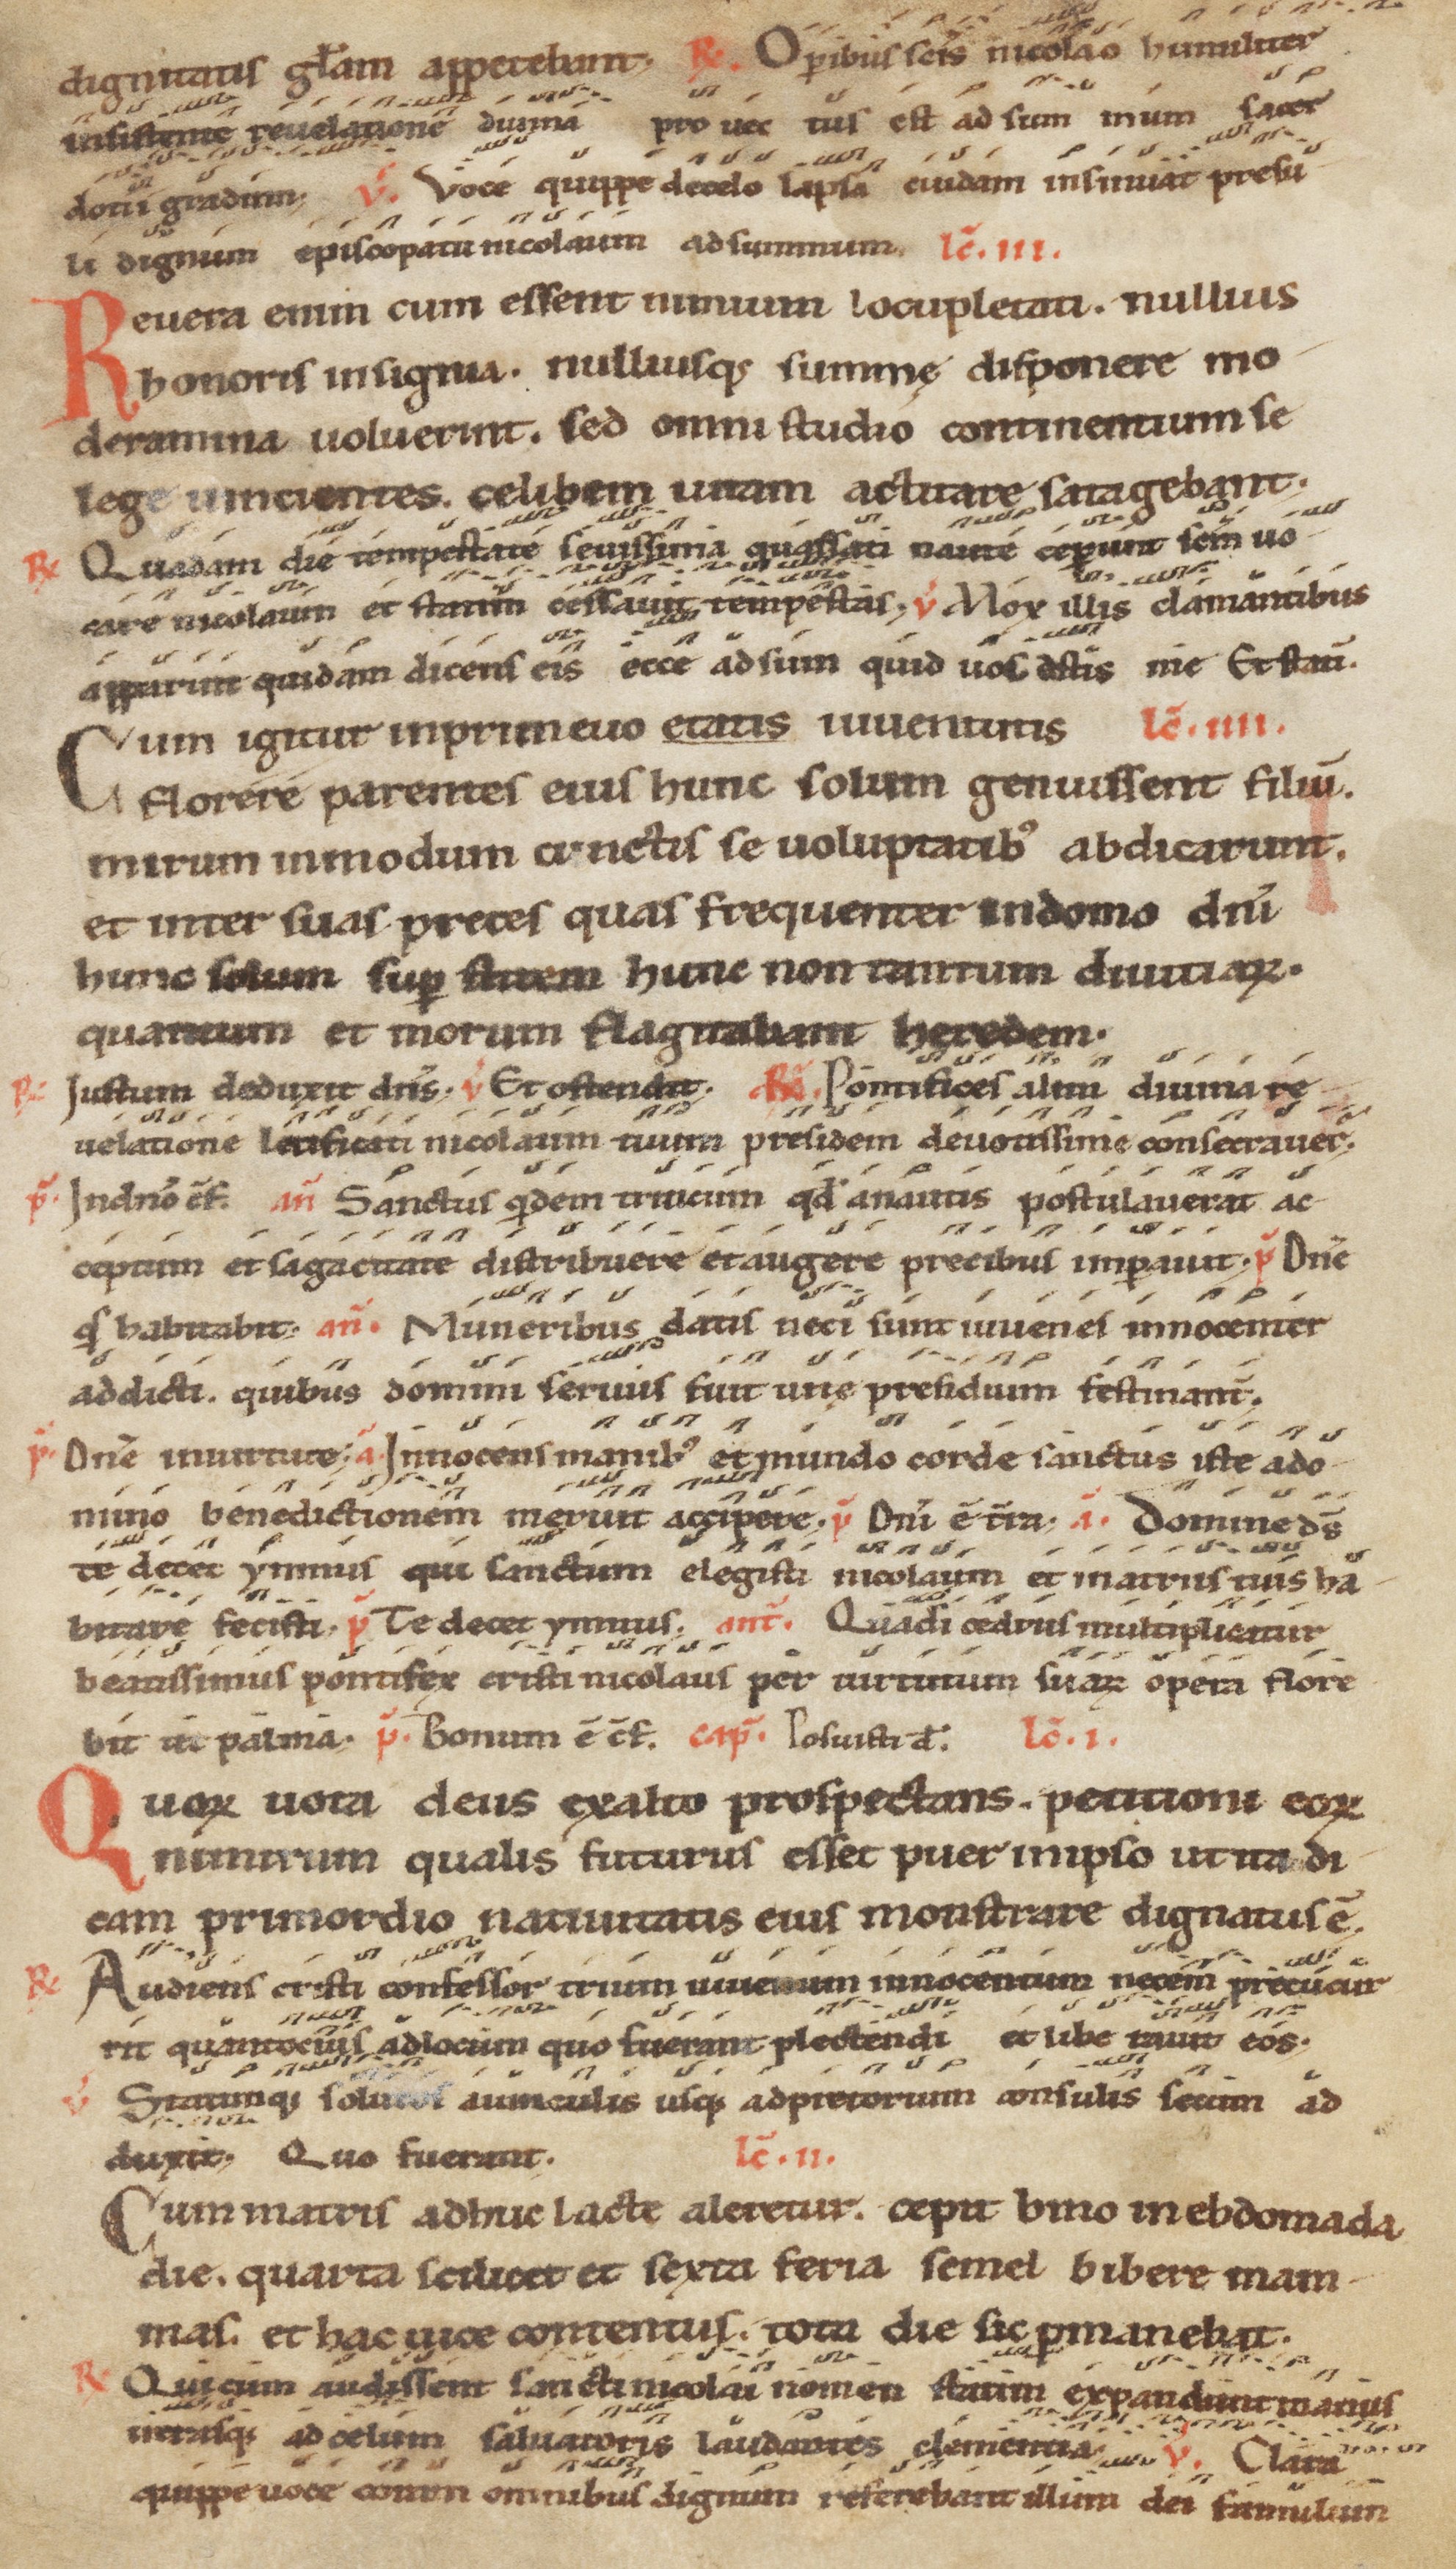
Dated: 1100–1199